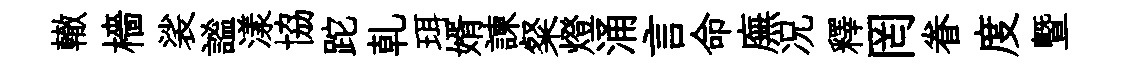
轍檣裟謐漾協跎乹珥婿諫粲燈涌言命廡况釋罔眷度暨